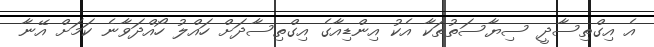
އެ އިގްތިސާދީ ސިޔާސަތުތަކާ އެކު އިންޑިއާގެ އިގްތިސާދަށް ހައްލު ހޯއްދަވާނެ ކަމަށް އޭނާ